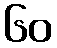
၆၀